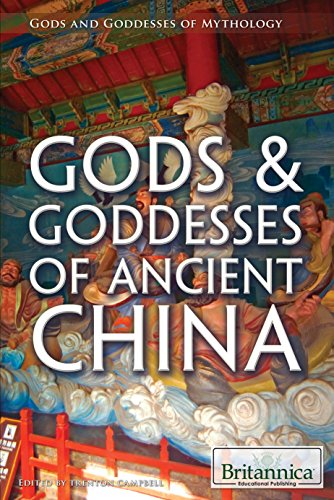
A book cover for Gods & Goddesses of Ancient China (Gods and Goddesses of Mythology); Teen & Young Adult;